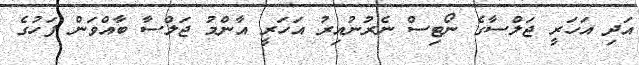
އަދި އަހަރީ ޖަލްސާގެ ނޯޓިސް ނެރުނުއިރު އަހަރީ އާންމު ޖަލްސާ ބާއްވަން ފަހުގެ